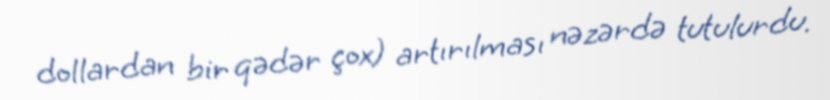
dollardan bir qədər çox) artırılması nəzərdə tutulurdu.